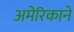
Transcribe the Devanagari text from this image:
अमेरिकाने